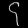
Digit: ၄